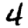
Digit: 4